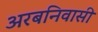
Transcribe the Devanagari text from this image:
अरबनिवासी